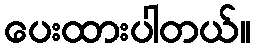
ပေးထားပါတယ်။